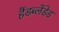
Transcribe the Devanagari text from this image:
हैंडब्लेंडेड